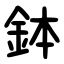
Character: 鉢